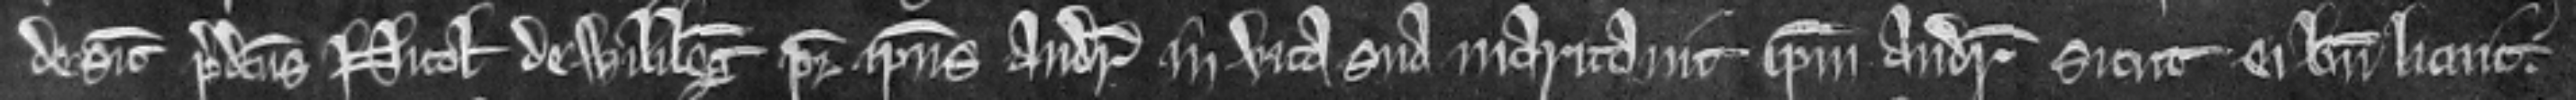
desicut predictus Nicolaus de Wilileg pater ipsius Andree in vita sua maritavit ipsum Andream sicut ei bene licuit